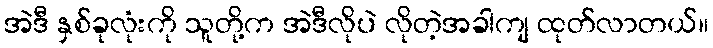
အဲဒီ နှစ်ခုလုံးကို သူတို့က အဲဒီလိုပဲ လိုတဲ့အခါကျ ထုတ်လာတယ်။